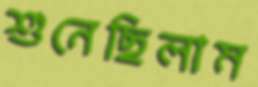
শুনেছিলাম